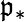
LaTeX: \mathfrak{p}_{*}